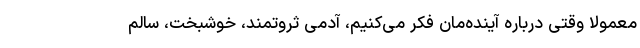
معمولاً وقتی درباره آینده‌مان فکر می‌کنیم، آدمی ثروتمند، خوشبخت، سالم